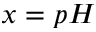
x = p H